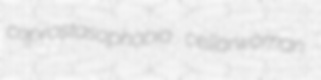
coprostasophobia cellarwoman